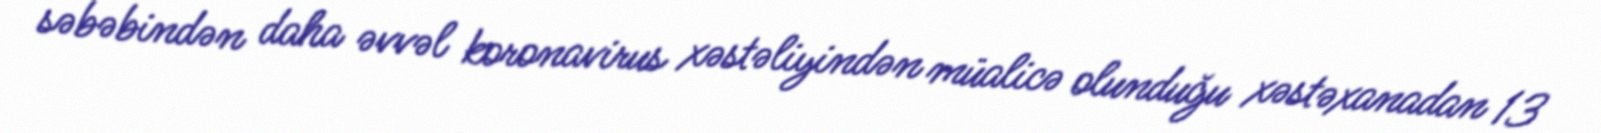
səbəbindən daha əvvəl koronavirus xəstəliyindən müalicə olunduğu xəstəxanadan 13